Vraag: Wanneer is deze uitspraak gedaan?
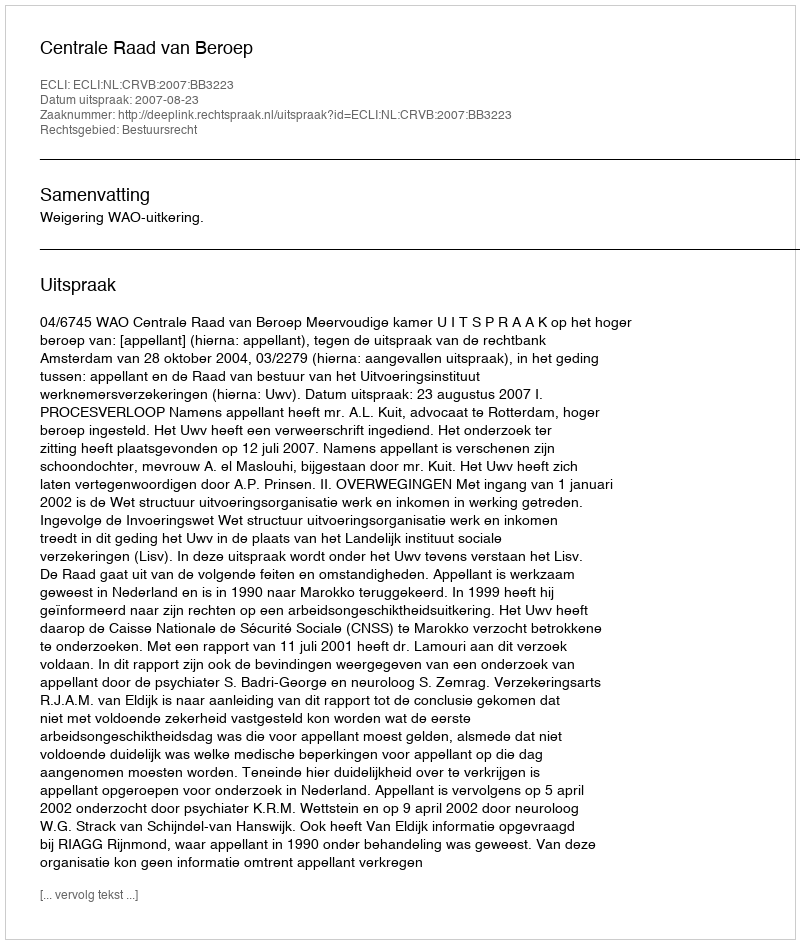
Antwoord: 2007-08-23